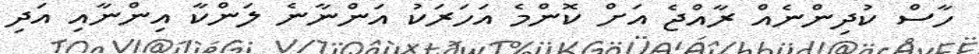
ހާސް ކުދިންނެއް ރާއްޖެ އަށް ކޮންމެ އަހަރަކު އަންނާނެ ލަންކާ އިންނާއި އަދި